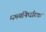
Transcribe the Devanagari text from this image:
समयनिर्धारक